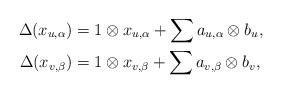
LaTeX: \begin{align*} \Delta (x_{u, \alpha} ) & = 1 \otimes x_{u, \alpha} + \sum a_{u, \alpha} \otimes b_u, \\ \Delta (x_{v, \beta} ) & = 1 \otimes x_{v, \beta} + \sum a_{v, \beta} \otimes b_v, \end{align*}